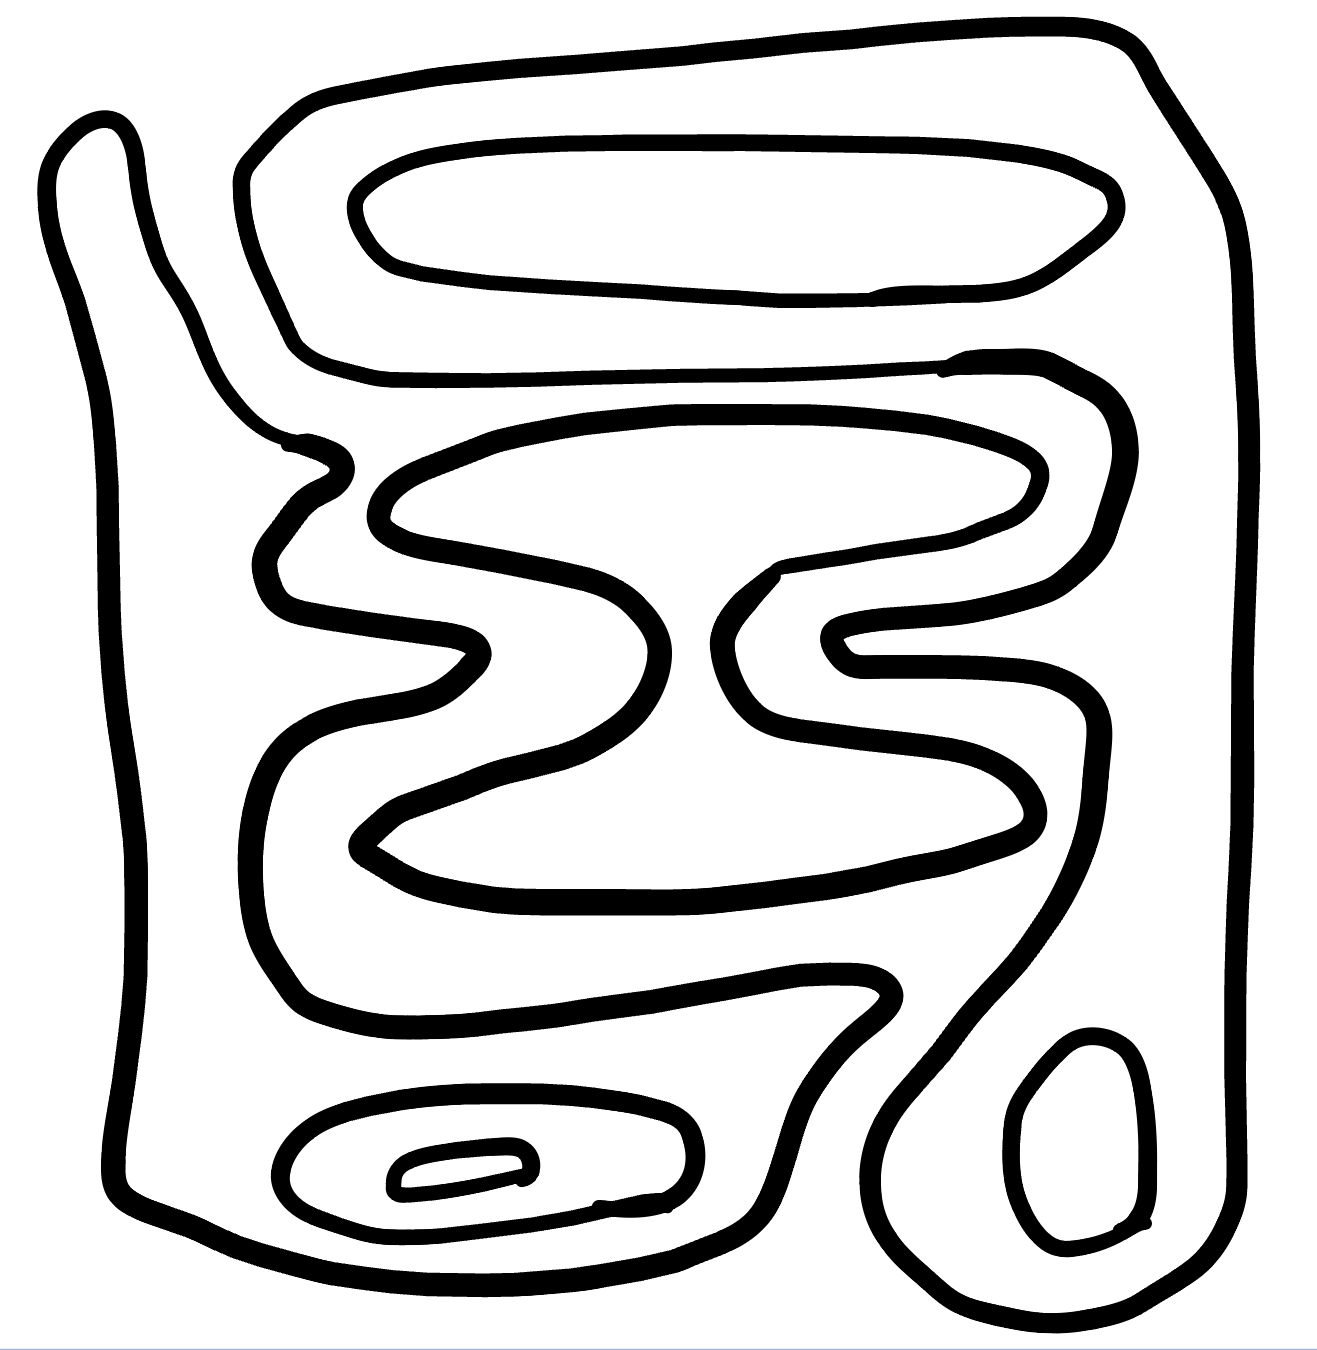
Number of regions (including the outer root region): 8
Containment tree edges (parent, child): 0, 1, 0, 2, 0, 5, 2, 3, 3, 4, 5, 6, 5, 7